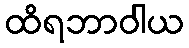
ထိရဘာဝါယ